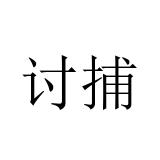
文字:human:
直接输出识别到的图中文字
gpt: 讨捕